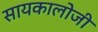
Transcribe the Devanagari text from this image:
सायकालोजी